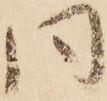
同